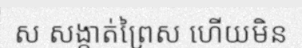
ស សង្កាត់ព្រៃស ហើយមិន